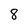
Character: 8